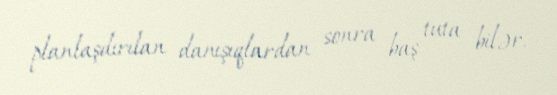
planlaşdırılan danışıqlardan sonra baş tuta bilər.